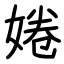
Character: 婘